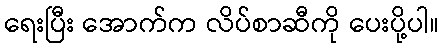
ရေးပြီး အောက်က လိပ်စာဆီကို ပေးပို့ပါ။